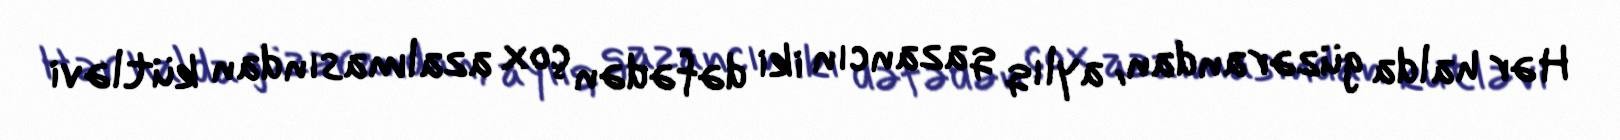
Hər halda güzərandan, aylıq qazancın iki dəfədən çox azalmasından kütləvi